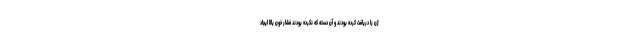
ژن را دریافت کرده بودند و آن دسته که نکرده بودند فشار خون بالا ایجاد